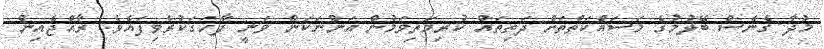
މުދާ ގެނެސް ބޭލުމުގެ މަސައްކަތްތަށް ދަތިތައް ކުރިމަތިވަމުން އަންނަކަން ވަނީ ފާހަގަކުރެވިފައެވެ. ރާއްޖެއިން